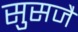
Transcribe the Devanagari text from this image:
सुसजै